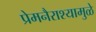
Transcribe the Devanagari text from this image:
प्रेमनैराश्‍यामुळे